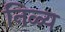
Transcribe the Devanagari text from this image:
निळ्य